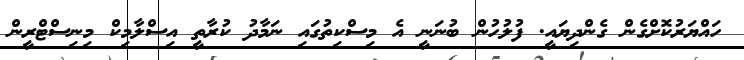
ހައްޔަރުކޮށްގެން ގެންދިޔައީ. ފުލުހުން ބުނަނީ އެ މިސްކިތުގައި ނަމާދު ކުރާތީ އިސްލާމިކް މިނިސްޓްރީން